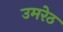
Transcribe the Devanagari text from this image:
उमरेठ